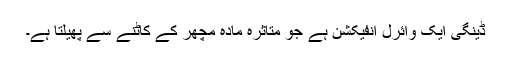
ڈینگی ایک وائرل انفیکشن ہے جو متاثرہ مادہ مچھر کے کاٹنے سے پھیلتا ہے۔